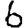
Digit: 6